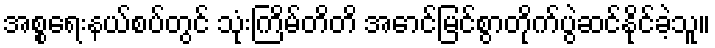
အစ္စရေးနယ်စပ်တွင် သုံးကြိမ်တိတိ အောင်မြင်စွာတိုက်ပွဲဆင်နိုင်ခဲ့သူ။